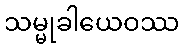
သမ္မုခါယေဝဿ